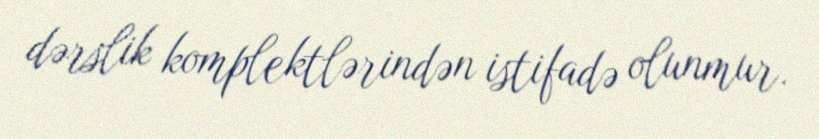
dərslik komplektlərindən istifadə olunmur.